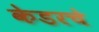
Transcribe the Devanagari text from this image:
केडरचे